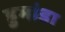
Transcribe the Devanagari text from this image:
डुमांडा